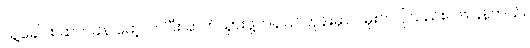
သူ့ခေါင်း ဆတ်ခနဲ မော့လာပြီး ဆက်သွားဖို့ဟန်ပြင်တုန်းမှာပဲ မိုးက ပိုသည်းလာပြန်တယ်။